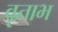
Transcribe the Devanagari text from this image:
वृताभ